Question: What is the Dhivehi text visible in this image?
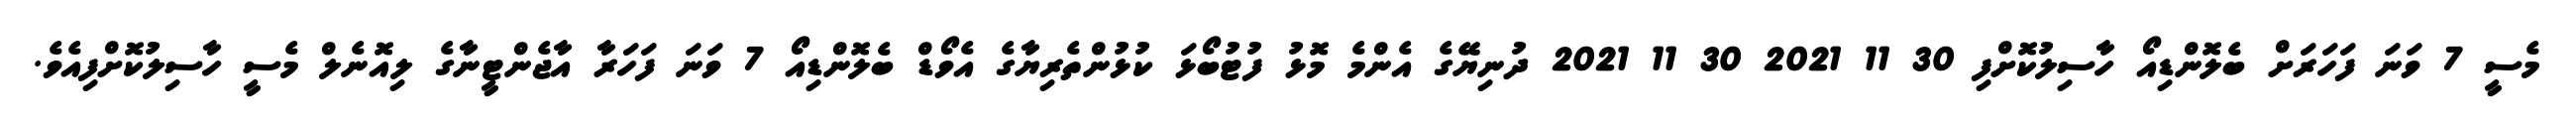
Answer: މެސީ 7 ވަނަ ފަހަރަށް ބެލޮންޑިއޯ ހާސިލުކޮށްފި 30 11 2021 30 11 2021 ދުނިޔޭގެ އެންމެ މޮޅު ފުޓުބޯޅަ ކުޅުންތެރިޔާގެ އެވޯޑް ބެލޮންޑިއޯ 7 ވަނަ ފަހަރާ އާޖެންޓީނާގެ ލިއޮނެލް މެސީ ހާސިލުކޮށްފިއެވެ.